Vaccination North-Western Provinces 1866-1877 - 1866-1877
Year: 1866
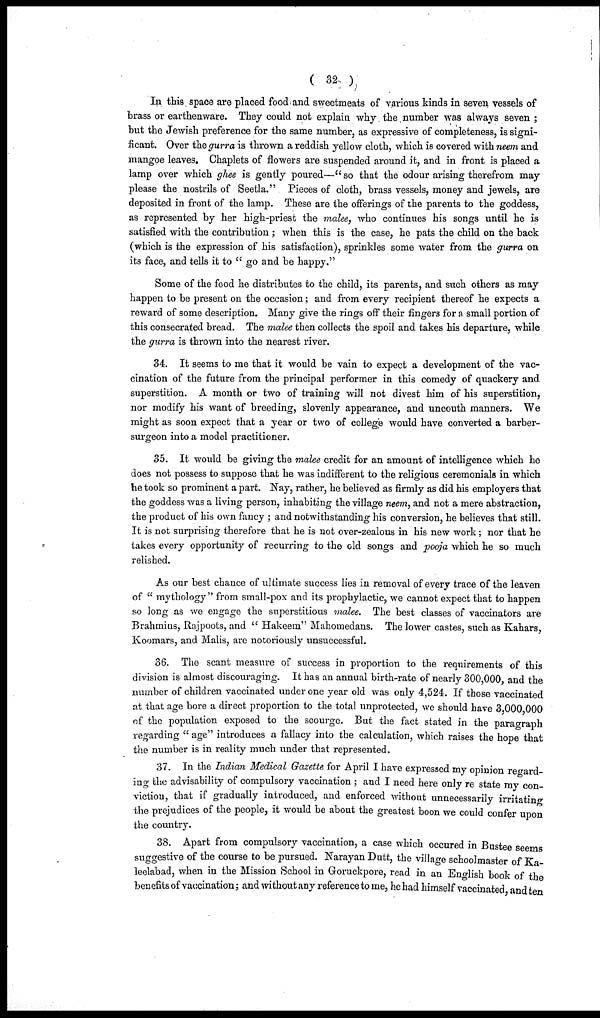
( 32 )
In this space are placed food and sweetmeats of various kinds in seven vessels of
brass or earthenware. They could not explain why the number was always seven ;
but the Jewish preference for the same number, as expressive of completeness, is signi-
ficant. Over the gurra is thrown a reddish yellow cloth, which is covered with neem and
mangoe leaves. Chaplets of flowers are suspended around it, and in front is placed a
lamp over which ghee is gently poured—"so that the odour arising therefrom may
please the nostrils of Seetla." Pieces of cloth, brass vessels, money and jewels, are
deposited in front of the lamp. These are the offerings of the parents to the goddess,
as represented by her high-priest the malee, who continues his songs until he is
satisfied with the contribution ; when this is the case, he pats the child on the back
(which is the expression of his satisfaction), sprinkles some water from the gurra on
its face, and tells it to "go and be happy."
Some of the food he distributes to the child, its parents, and such others as may
happen to be present on the occasion; and from every recipient thereof he expects a
reward of some description. Many give the rings off their fingers for a small portion of
this consecrated bread. The malee then collects the spoil and takes his departure, while
the gurra is thrown into the nearest river.
34. It seems to me that it would be vain to expect a development of the vac-
cination of the future from the principal performer in this comedy of quackery and
superstition. A month or two of training will not divest him of his superstition,
nor modify his want of breeding, slovenly appearance, and uncouth manners. We
might as soon expect that a year or two of college would have converted a barber-
surgeon into a model practitioner.
35. It would be giving the malee credit for an amount of intelligence which he
does not possess to suppose that he was indifferent to the religious ceremonials in which
he took so prominent a part. Nay, rather, he believed as firmly as did his employers that
the goddess was a living person, inhabiting the village neem, and not a mere abstraction,
the product of his own fancy; and notwithstanding his conversion, he believes that still.
It is not surprising therefore that he is not over-zealous in his new work; nor that he
takes every opportunity of recurring to the old songs and pooja which he so much
relished.
As our best chance of ultimate success lies in removal of every trace of the leaven
of "mythology" from small-pox and its prophylactic, we cannot expect that to happen
so long as we engage the superstitious malee. The best classes of vaccinators are
Brahmins, Rajpoots, and "Hakeem" Mahomedans. The lower castes, such as Kahars,
Koomars, and Malis, are notoriously unsuccessful.
36. The scant measure of success in proportion to the requirements of this
division is almost discouraging. It has an annual birth-rate of nearly 300,000, and the
number of children vaccinated under one year old was only 4,524. If those vaccinated
at that age bore a direct proportion to the total unprotected, we should have 3,000,000
of the population exposed to the scourge. But the fact stated in the paragraph
regarding "age" introduces a fallacy into the calculation, which raises the hope that
the number is in reality much under that represented.
37. In the Indian Medical Gazette for April I have expressed my opinion regard-
ing the advisability of compulsory vaccination ; and I need here only re state my con¬
viction, that if gradually introduced, and enforced without unnecessarily irritating
the prejudices of the people, it would be about the greatest boon we could confer upon
the country.
38. Apart from compulsory vaccination, a case which occured in Bustee seems
suggestive of the course to be pursued. Narayan Dutt, the village schoolmaster of Ka¬
leelabad, when in the Mission School in Goruckpore, read in an English book of the
benefits of vaccination; and without any reference to me, he had himself vaccinated, and ten